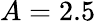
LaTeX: A=2.5